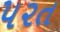
૫૨ત